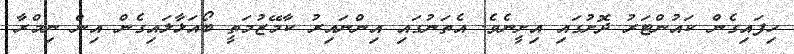
ހިފައިގެން ކައުންޓަރު ދޮށުގައި އިށީނެވެ. އެތަނުގައި އިންނައިރު ކާމޭޒުމަތީ ބޯއަޅާލައިގެން އިން ނިމްރާ